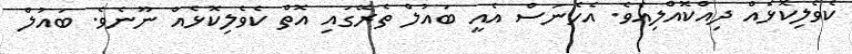
ކެވެލިކޮޅެއް ދިއްކޮއްލިއެވެ. އެހެނަސް އެއީ ބައުލް ތެރޭގައި އޮތް ކެވެލިކޮޅެއް ނޫނެވެ. ބައުލް